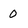
Character: 0